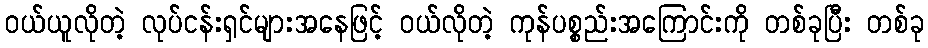
ဝယ်ယူလိုတဲ့ လုပ်ငန်းရှင်များအနေဖြင့် ဝယ်လိုတဲ့ ကုန်ပစ္စည်းအကြောင်းကို တစ်ခုပြီး တစ်ခု